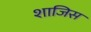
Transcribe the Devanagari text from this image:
शाजिस